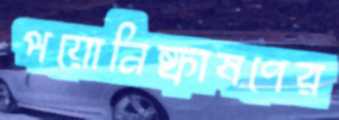
পয়োনিষ্কাষণের